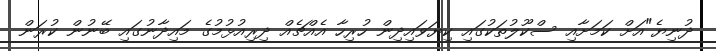
ދުނިޔެ"އަށް ކަމަށާއި ސްކޫލުތަކުގައި ކިޔަވައިދިން ހުރިހާ އެއްޗެއް ދިރިއުޅުމުގެ މައިދާނުގައި ބޭނުން ކުރަން